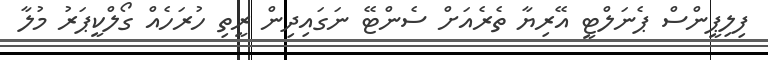
ފިލިޕީންސް ޕެނަލްޓީ އޭރިޔާ ތެެރެއަށް ސެންޓޭ ނަގައިދިން ރީތި ހުރަހެއް ގޯލްކީޕަރު މުލާ